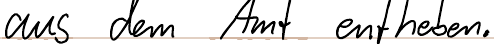
aus dem Amt entheben.